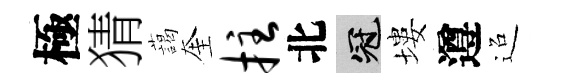
極猜藹奎拄北冠塿遵迢